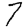
Digit: 7